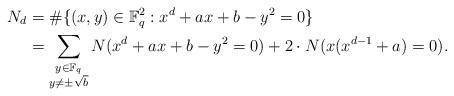
LaTeX: \begin{align*}N_d&=\#\{(x, y)\in \mathbb{F}_q^2: x^d+ax+b-y^2=0\}\\&=\sum_{\substack{y\in\mathbb{F}_q\\y\neq\pm\sqrt{b}}}N(x^d+ax+b-y^2=0)+2\cdot N(x(x^{d-1}+a)=0).\end{align*}